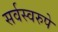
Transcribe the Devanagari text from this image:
सर्वस्वरुपे